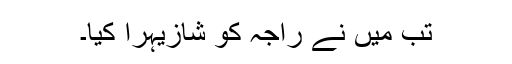
تب میں نے راجہ کو شازیہرا کیا۔